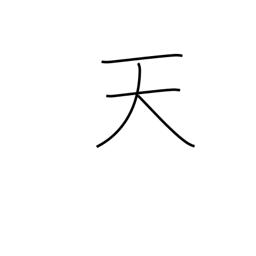
Meaning: heavens